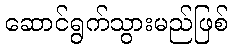
ဆောင်ရွက်သွားမည်ဖြစ်